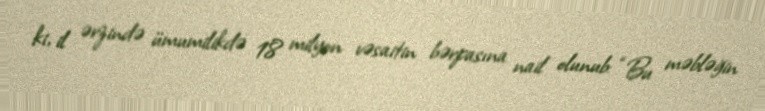
ki, il ərzində ümumilikdə 18 milyon vəsaitin bərpasına nail olunub: “Bu məbləğin